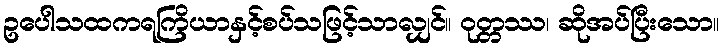
ဥပေါသထကရကြိယာနှင့်စပ်သဖြင့်သာလျှင်။ ဝုတ္တဿ၊ ဆိုအပ်ပြီးသော။